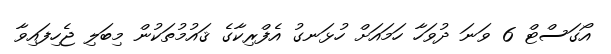
އޯގަސްޓް 6 ވަނަ ދުވަހާ ހަމައަށް ހުޅަނގު އެފްރިކާގެ ޤައުމުތަކުން މިބަލި ޖެހިފައިވާ